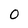
Character: 0